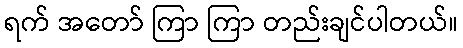
ရက် အတော် ကြာ ကြာ တည်းချင်ပါတယ်။